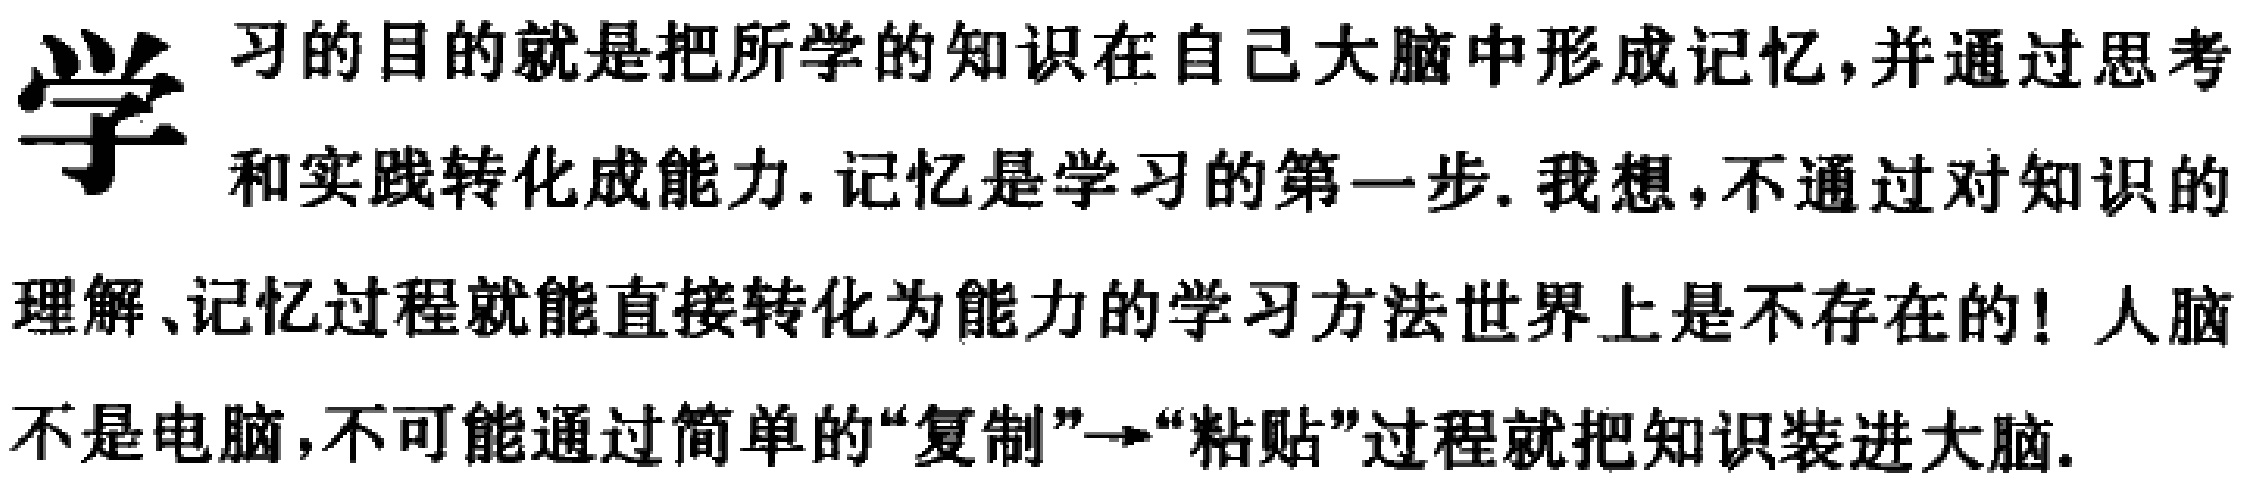
学习的目的就是把所学的知识在自己大脑中形成记忆,并通过思考和实践转化成能力. 记忆是学习的第一步. 我想,不通过对知识的理解、记忆过程就能直接转化为能力的学习方法世界上是不存在的! 人脑不是电脑,不可能通过简单的“复制”→“粘贴”过程就把知识装进大脑.